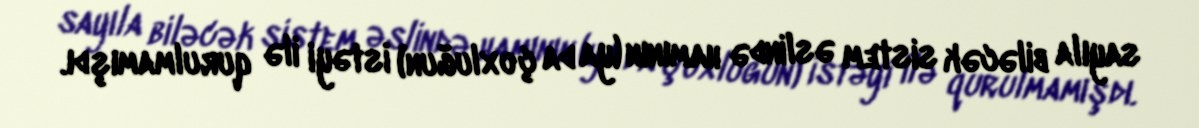
sayıla biləcək sistem əslində hamının (ya da çoxluğun) istəyi ilə qurulmamışdı.